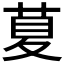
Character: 𦱛